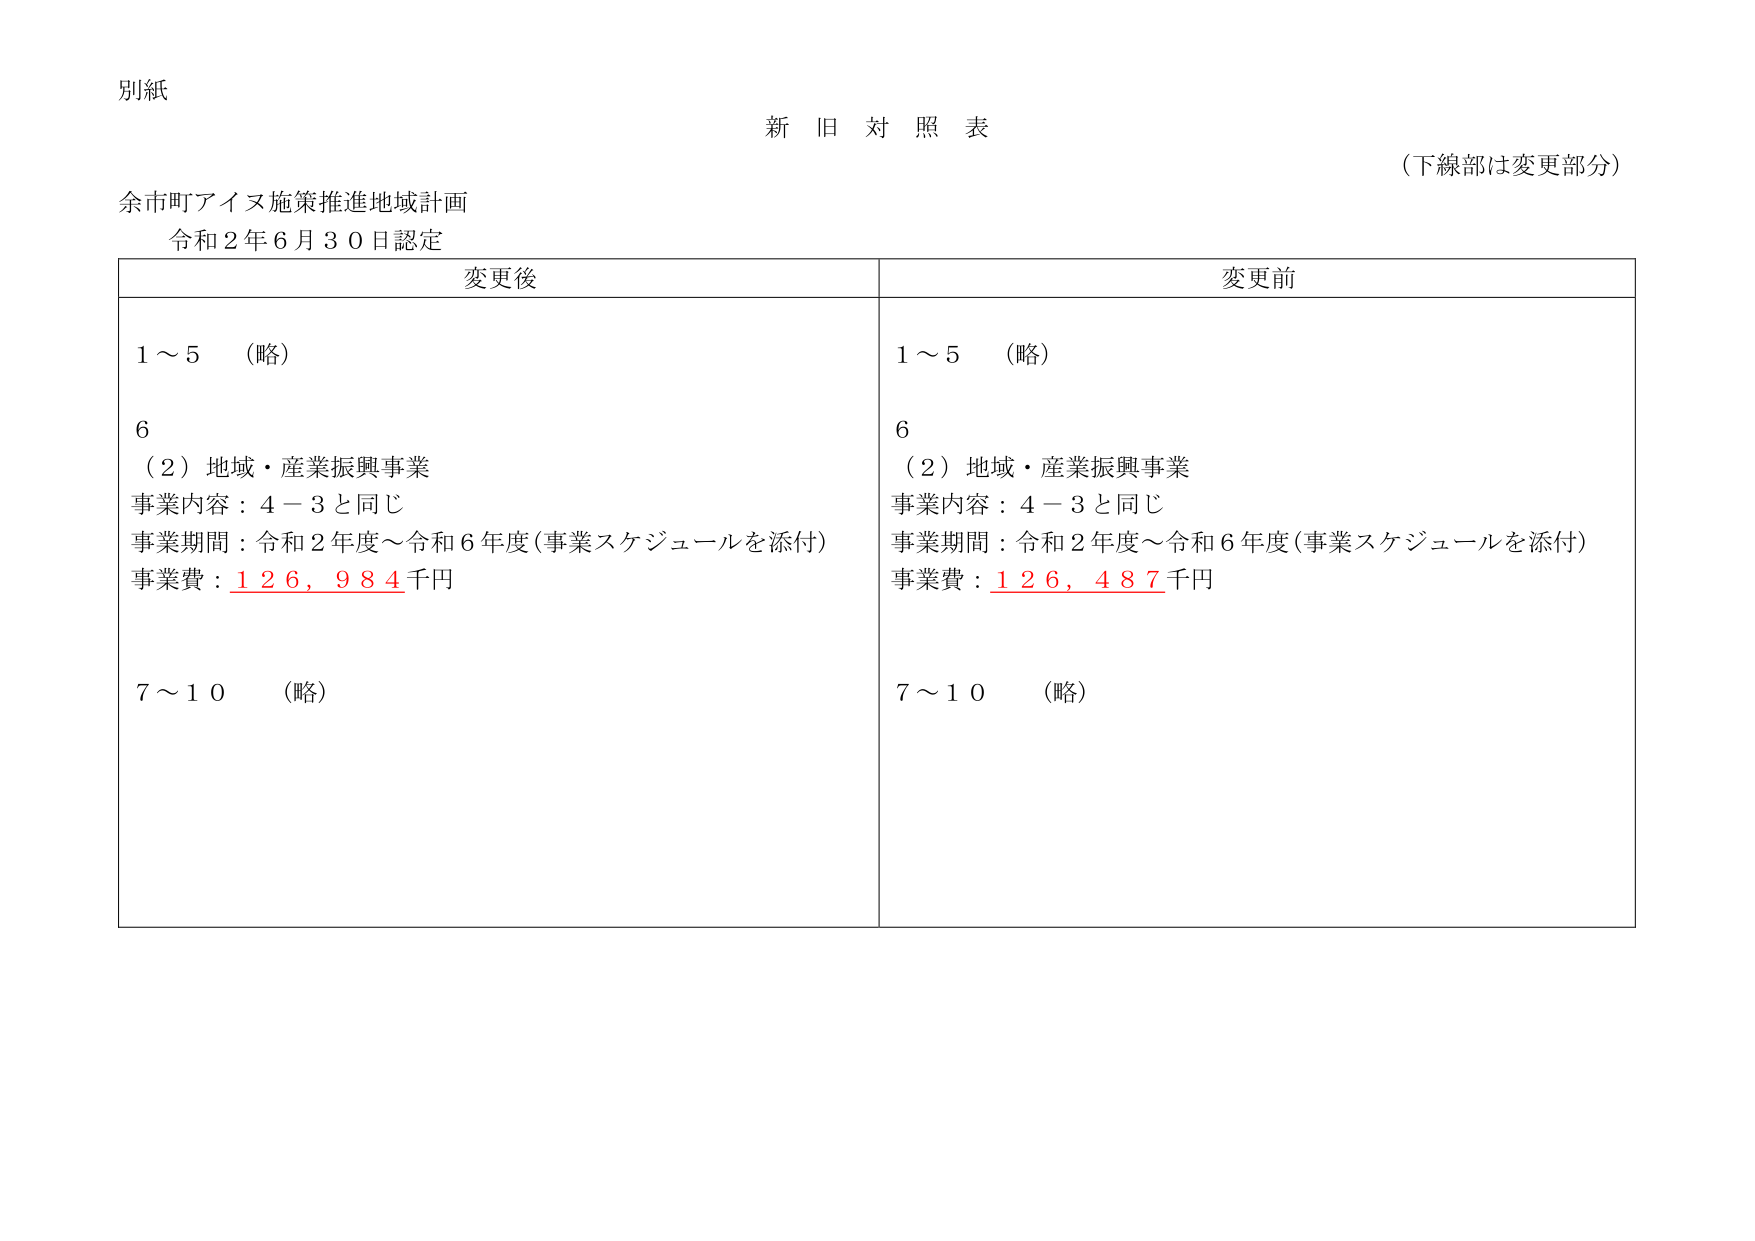
別紙
新旧対照表
（下線部は変更部分）
余市町アイヌ施策推進地域計画
令和２年６月３０日認定

変更後
1～5 （略）
6
（2）地域・産業振興事業
事業内容：4－3と同じ
事業期間：令和2年度～令和6年度（事業スケジュールを添付）
事業費：126,984千円
7～10 （略）

変更前
1～5 （略）
6
（2）地域・産業振興事業
事業内容：4－3と同じ
事業期間：令和2年度～令和6年度（事業スケジュールを添付）
事業費：126,487千円
7～10 （略）